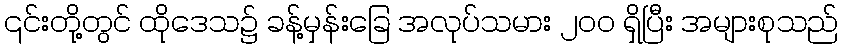
၎င်းတို့တွင် ထိုဒေသ၌ ခန့်မှန်းခြေ အလုပ်သမား ၂၀၀ ရှိပြီး အများစုသည်